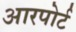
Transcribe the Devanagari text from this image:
आरपोर्ट